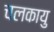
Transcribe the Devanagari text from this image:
चलकायु